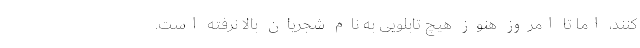
کنند، اما تا امروز هنوز هیچ تابلویی به نام شجریان بالا نرفته است.